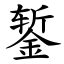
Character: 錾